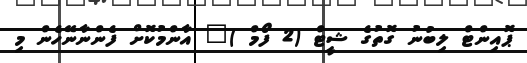
ޕޮއިންޓް ލިބުނު ގޮތުގެ ޝީޓް (2 ފޯމް )" އާންމުކޮށް ފެންނާނޭހެން މި